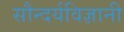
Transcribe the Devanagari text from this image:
सौन्दर्यविज्ञानी